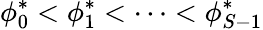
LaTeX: \phi_{0}^{*}<\phi_{1}^{*}<\dots<\phi_{S-1}^{*}